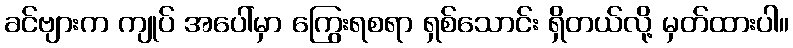
ခင်ဗျားက ကျုပ် အပေါ်မှာ ကြွေးရစရာ ရှစ်သောင်း ရှိတယ်လို့ မှတ်ထားပါ။